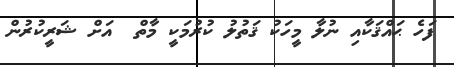
ފަހެ ޙައްޤަކާއި ނުލާ މީހަކު ޤަތުލު ކުރުމަކީ މާތް  އަށް ޝަރީކުރުން